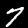
Label: 7